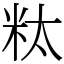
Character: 粏